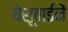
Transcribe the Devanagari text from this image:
येसूबाईनें